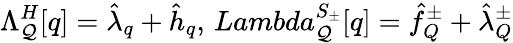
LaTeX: \Lambda_{\cal Q}^{H}[q]={\hat{\lambda}}_{q}+{\hat{h}}_{q},\, Lambda_{\cal Q}^{S_{\pm}}[q]={\hat{f}}_{Q}^{\pm}+{\hat{\lambda}}_{Q}^{\pm}